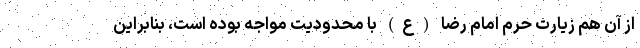
از آن هم زیارت حرم امام رضا (ع) با محدودیت مواجه بوده است، بنابراین